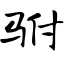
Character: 驸